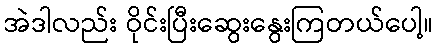
အဲဒါလည်း ဝိုင်းပြီးဆွေးနွေးကြတယ်ပေါ့။